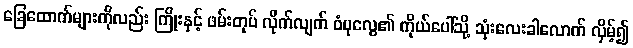
ခြေထောက်များကိုလည်း ကြိုးနှင့် ဖမ်းတုပ် လိုက်လျက် ဝံပုလွေ၏ ကိုယ်ပေါ်သို့ သုံးလေးခါလောက် လှိမ့်၍